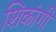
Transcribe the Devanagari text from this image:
शिकांगी